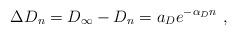
LaTeX: \begin{align*}\Delta D_n = D_\infty - D_n = a_D e^{-\alpha_D n}\ , \end{align*}